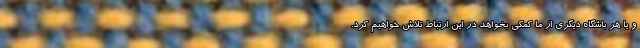
و یا هر باشگاه دیگری از ما کمکی بخواهد در این ارتباط تلاش خواهیم کرد.